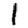
Digit: 1